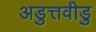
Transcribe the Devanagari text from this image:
अडुत्तवीडु